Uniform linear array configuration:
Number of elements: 64
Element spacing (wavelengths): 0.75
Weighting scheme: kaiser
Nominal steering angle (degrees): -30
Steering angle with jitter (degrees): -29.656
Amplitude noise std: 0.05
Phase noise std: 0.05

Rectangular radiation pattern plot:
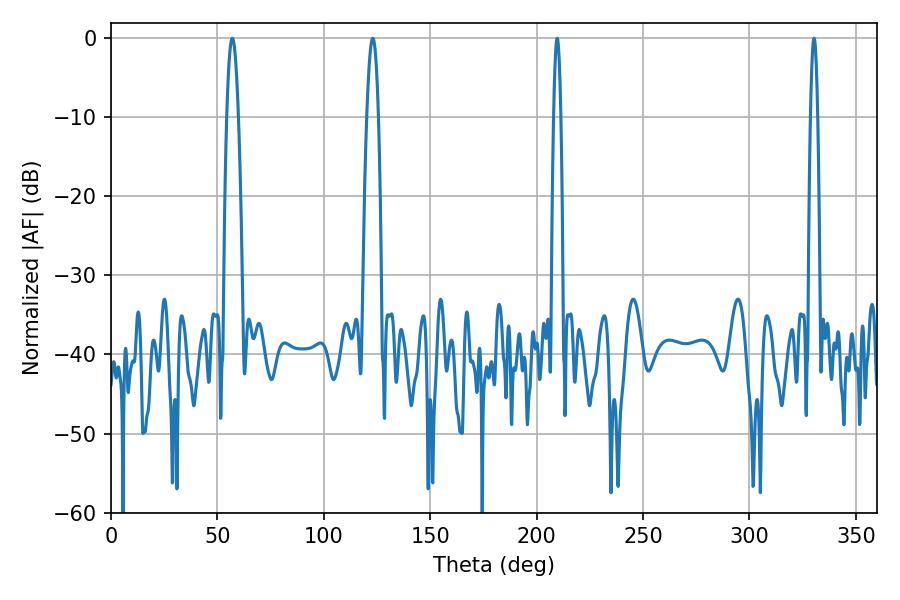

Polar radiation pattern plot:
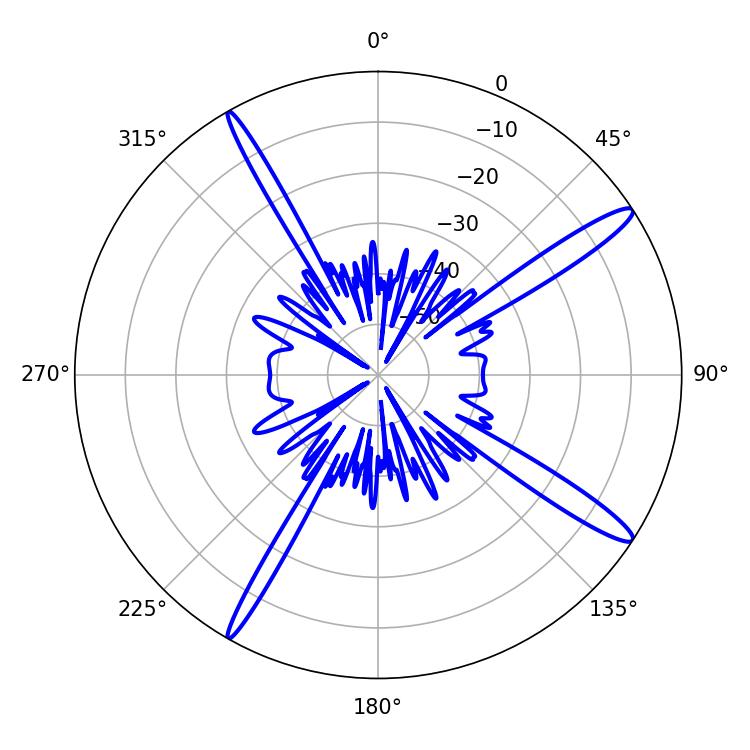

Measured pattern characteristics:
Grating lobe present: TRUE
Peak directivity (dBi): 15.187
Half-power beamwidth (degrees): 2.88
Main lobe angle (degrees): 57.06